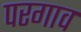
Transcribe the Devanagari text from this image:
परगाव